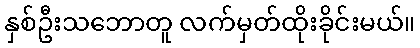
နှစ်ဦးသဘောတူ လက်မှတ်ထိုးခိုင်းမယ်။